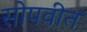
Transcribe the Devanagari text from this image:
सोपवीत